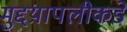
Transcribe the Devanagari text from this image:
मुद्दय़ापलीकडे